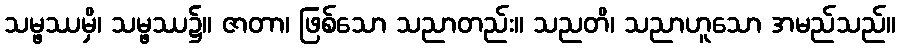
သမ္ဖဿမှိ၊ သမ္ဖဿ၌။ ဇာတာ၊ ဖြစ်သော သညာတည်း။ သညတိ၊ သညာဟူသော အမည်သည်။